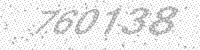
Solution: 760138